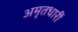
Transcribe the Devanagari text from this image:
अमृतधारीं